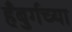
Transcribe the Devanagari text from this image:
हँबुर्गच्या